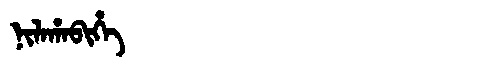
Manchu: ᠨᡳᠯᠠᡥᠠᠪᡳᡥᡝ
Romanization: NILAHABIHE